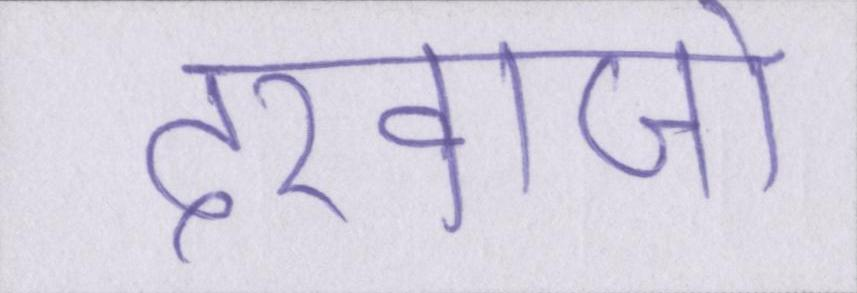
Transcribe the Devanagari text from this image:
दरवाजो